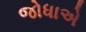
જોધાએ